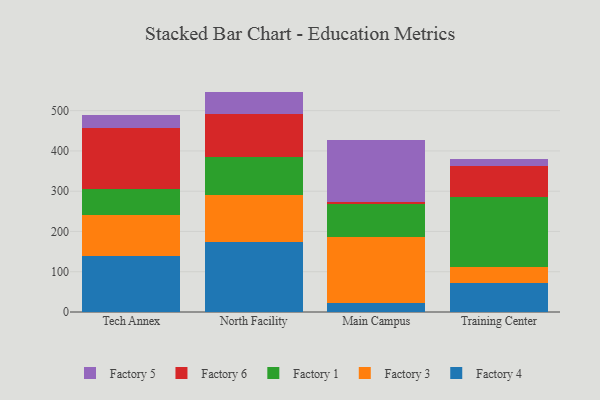
{"axis": {"x": "Campus", "y": "Net Income (USD K)"}, "legend": ["Factory 1", "Factory 3", "Factory 4", "Factory 5", "Factory 6"], "data": [{"x": "Tech Annex", "y": 138.3, "type": "Factory 4"}, {"x": "Tech Annex", "y": 102.9, "type": "Factory 3"}, {"x": "Tech Annex", "y": 63.4, "type": "Factory 1"}, {"x": "Tech Annex", "y": 151.5, "type": "Factory 6"}, {"x": "Tech Annex", "y": 32.2, "type": "Factory 5"}, {"x": "North Facility", "y": 174.1, "type": "Factory 4"}, {"x": "North Facility", "y": 117.2, "type": "Factory 3"}, {"x": "North Facility", "y": 94.4, "type": "Factory 1"}, {"x": "North Facility", "y": 105.2, "type": "Factory 6"}, {"x": "North Facility", "y": 56.4, "type": "Factory 5"}, {"x": "Main Campus", "y": 22.6, "type": "Factory 4"}, {"x": "Main Campus", "y": 164.1, "type": "Factory 3"}, {"x": "Main Campus", "y": 80.9, "type": "Factory 1"}, {"x": "Main Campus", "y": 5.0, "type": "Factory 6"}, {"x": "Main Campus", "y": 154.2, "type": "Factory 5"}, {"x": "Training Center", "y": 72.8, "type": "Factory 4"}, {"x": "Training Center", "y": 38.0, "type": "Factory 3"}, {"x": "Training Center", "y": 173.8, "type": "Factory 1"}, {"x": "Training Center", "y": 78.5, "type": "Factory 6"}, {"x": "Training Center", "y": 16.5, "type": "Factory 5"}]}